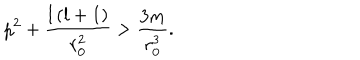
p ^ { 2 } + \frac { l \left( l + 1 \right) } { r _ { 0 } ^ { 2 } } > \frac { 3 m } { r _ { 0 } ^ { 3 } } .